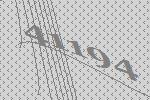
41194